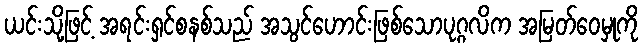
ယင်းသို့ဖြင့် အရင်းရှင်စနစ်သည် အသွင်ဟောင်းဖြစ်သောပုဂ္ဂလိက အမြတ်ဝေမှုကို